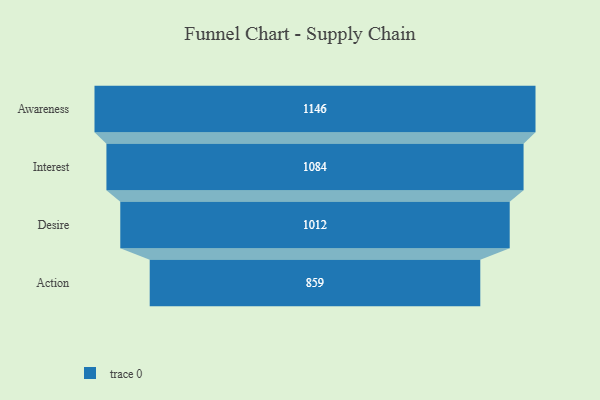
{"axis": {"x": "Stage", "y": "Value"}, "legend": [""], "data": [{"x": "Awareness", "y": 1146.0, "type": ""}, {"x": "Interest", "y": 1084.0, "type": ""}, {"x": "Desire", "y": 1012.0, "type": ""}, {"x": "Action", "y": 859.0, "type": ""}]}